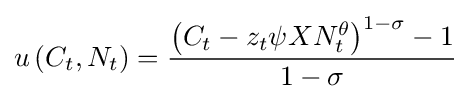
u\left({C_{t},N_{t}}\right)={\frac {\left(C_{t}-z_{t}\psi XN_{t}^{\theta }\right)^{1-\sigma }-1}{1-\sigma }}